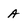
Character: A